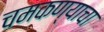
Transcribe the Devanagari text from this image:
चमकण्याचा